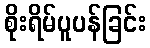
စိုးရိမ်ပူပန်ခြင်း